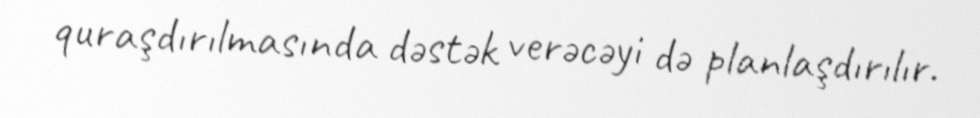
quraşdırılmasında dəstək verəcəyi də planlaşdırılır.